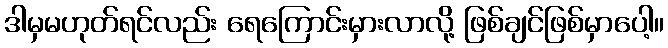
ဒါမှမဟုတ်ရင်လည်း ရေကြောင်းမှားလာလို့ ဖြစ်ချင်ဖြစ်မှာပေါ့။